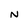
Character: N